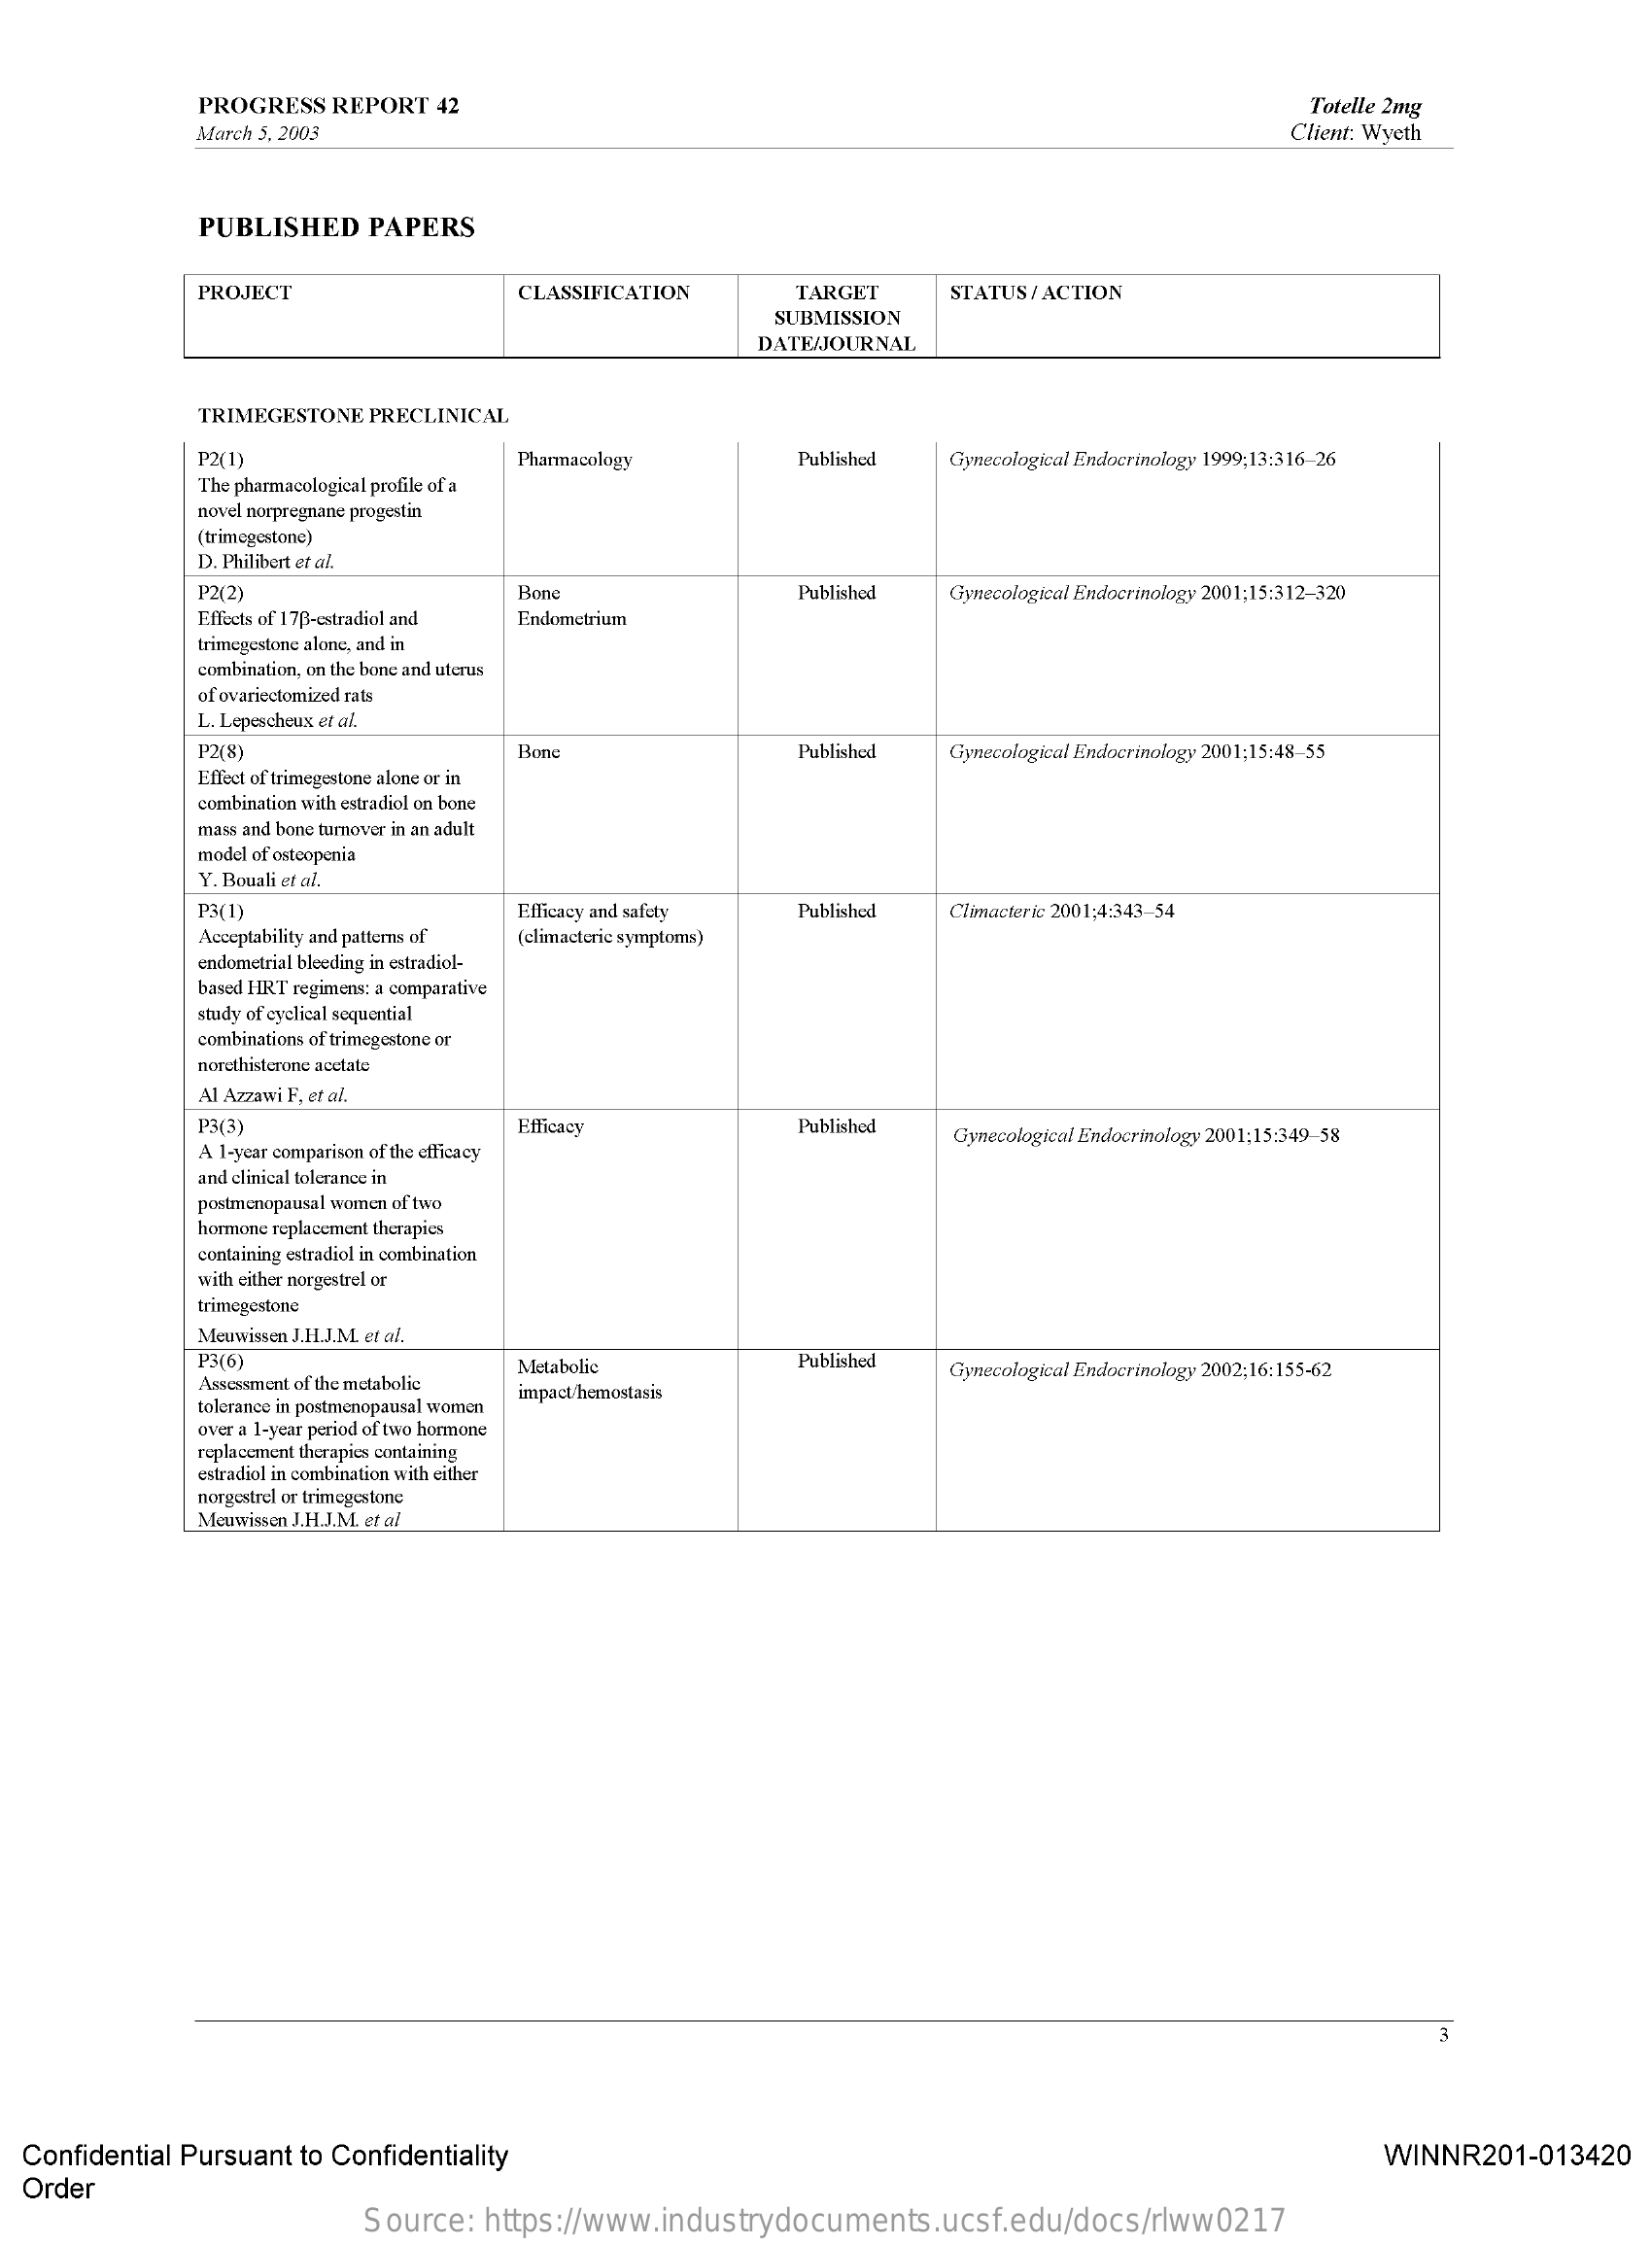
PROGRESS REPORT 42    Totelle 2mg
     March 5, 2003    Client: Wyeth
     PUBLISHED PAPERS
     PROJECT    CLASSIFICATION  TARGET   STATUS/ ACTION
     SUBMISSION
     DATE/JOURNAL
     TRIMEGESTONE PRECLINICAL
     P2(1)    Pharmacology    Published Gynecological Endocrinology 1999;13:316-26
     The pharmacological profile of a
     novel norpregnane progestin
     (trimegestone)
     D. Philibert et al.
     P2(2)    Bone    Published Gynecological Endocrinology 2001;15:312-320
     Effects of 178-estradiol and Endometrium
     trimegestone alone, and in
     combination, on the bone and uterus
     of ovariectomized rats
     L. Lepescheux et al.
     P2(8)    Bone    Published
     Effect of trimegestone alone or in
     Gynecological Endocrinology 2001;15:48-55
     combination with estradiol on bone
     mass and bone turnover in an adult
     model of osteopenia
     Y. Bouali et al.
     P3(1)    Efficacy and safety Published Climacteric 2001;4:343-54
     Acceptability and patterns of (climacteric symptoms)
     endometrial bleeding in estradiol-
     based HRT regimens: a comparative
     study of cyclical sequential
     combinations of trimegestone or
     norethisterone acetate
     Al Azzawi F, et al.
     P3(3)    Efficacy    Published
     A 1-year comparison of the efficacy
     Gynecological Endocrinology 2001;15:349-58
     and clinical tolerance in
     postmenopausal women of two
     hormone replacement therapies
     containing estradiol in combination
     with either norgestrel or
     trimegestone
     Meuwissen J.H.J.M. et al.
     P3(6)    Metabolic    Published
     Assessment of the metabolic
     Gynecological Endocrinology 2002;16:155-62
     tolerance in postmenopausal women
     impact/hemostasis
     over a 1-year period of two hormone
     replacement therapies containing
     estradiol in combination with either
     norgestrel or trimegestone
     Meuwissen J.H.J.M. et al
     3
  Confidential Pursuant to Confidentiality    WINNR201-013420
  Order
     Source: https://www.industrydocuments.ucsf.edu/docs/rlww0217